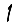
Digit: 1